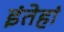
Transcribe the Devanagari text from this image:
इंतेहां